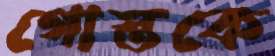
গোস্তকে